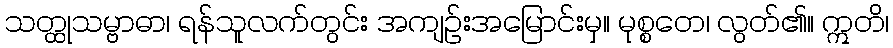
သတ္ထုသမ္ဗာဓာ၊ ရန်သူလက်တွင်း အကျဉ်းအမြောင်းမှ။ မုစ္စတေ၊ လွတ်၏။ ဣတိ၊